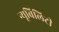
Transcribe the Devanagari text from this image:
न्यूबिलिटी